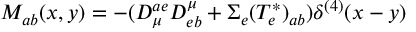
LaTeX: M _ { a b } ( x , y ) = - ( D _ { \mu } ^ { a e } D _ { e b } ^ { \mu } + \Sigma _ { e } ( T _ { e } ^ { \ast } ) _ { a b } ) \delta ^ { ( 4 ) } ( x - y )